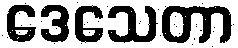
ဒေသေတာ